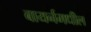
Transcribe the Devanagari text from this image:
बायर्नमधील